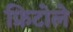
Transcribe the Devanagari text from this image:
फ्रिटोले